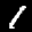
Label: 1